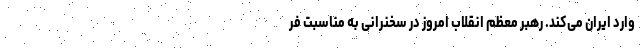
وارد ایران می‌کند. رهبر معظم انقلاب امروز در سخنرانی به مناسبت فر